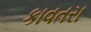
કાવતરા